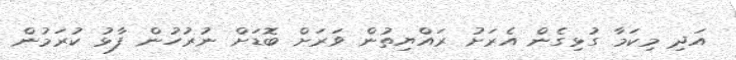
އަދި މިކަމާ ގުޅިގެން އެރަށު ރައްޔިތުން ވަރަށް ބޮޑަށް ނުރުހުން ފާޅު ކުރަމުން